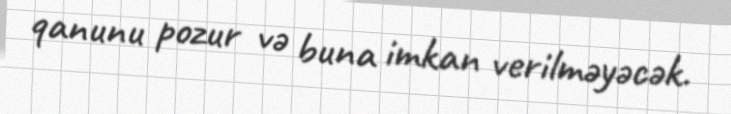
qanunu pozur və buna imkan verilməyəcək.